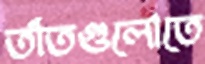
তাঁতগুলোতে